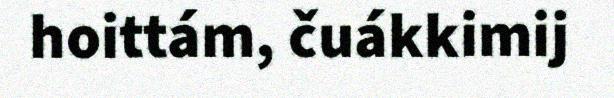
hoittám, čuákkimij